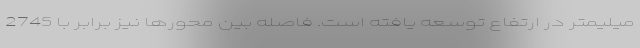
میلیمتر در ارتفاع توسعه یافته است. فاصله بین محورها نیز برابر با 2745